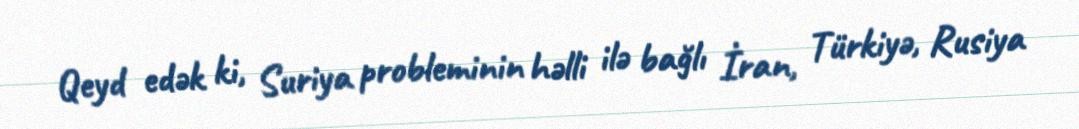
Qeyd edək ki, Suriya probleminin həlli ilə bağlı İran, Türkiyə, Rusiya